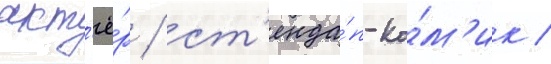
акт'ё́р / ст'енда́п-ко́м'ик /